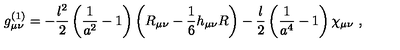
g _ { \mu \nu } ^ { ( 1 ) } = - { \frac { l ^ { 2 } } { 2 } } \left( { \frac { 1 } { a ^ { 2 } } } - 1 \right) \left( R _ { \mu \nu } - { \frac { 1 } { 6 } } h _ { \mu \nu } R \right) - { \frac { l } { 2 } } \left( { \frac { 1 } { a ^ { 4 } } } - 1 \right) \chi _ { \mu \nu } \ ,